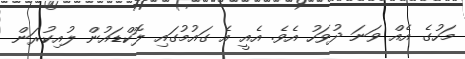
މަހުގެ އެއް ވަނަ ދުވަހު އެވެ. އެއީ އެ ގައުމުގައި ލޮކްޑައުން ލުއިކުރަން